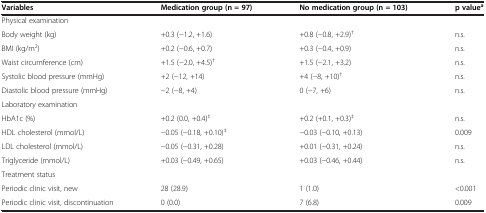
<table><thead><tr><td><b>Variables</b></td><td><b>Medication group (n = 97)</b></td><td><b>No medication group (n = 103)</b></td><td><b>p value<sup>a</sup></b></td></tr></thead><tbody><tr><td>Physical examination</td><td> </td><td> </td><td> </td></tr><tr><td>Body weight (kg)</td><td>+0.3 (-1.2, +1.6)</td><td>+0.8 (-0.8, +2.9)<sup>†</sup></td><td>n.s.</td></tr><tr><td>BMI (kg/m<sup>2</sup>)</td><td>+0.2 (-0.6, +0.7)</td><td>+0.3 (-0.4, +0.9)</td><td>n.s.</td></tr><tr><td>Waist circumference (cm)</td><td>+1.5 (-2.0, +4.5)<sup>†</sup></td><td>+1.5 (-2.1, +3.2)</td><td>n.s.</td></tr><tr><td>Systolic blood pressure (mmHg)</td><td>+2 (-12, +14)</td><td>+4 (-8, +10)<sup>†</sup></td><td>n.s.</td></tr><tr><td>Diastolic blood pressure (mmHg)</td><td>-2 (-8, +4)</td><td>0 (-7, +6)</td><td>n.s.</td></tr><tr><td>Laboratory examination</td><td> </td><td> </td><td> </td></tr><tr><td>HbA1c (%)</td><td>+0.2 (0.0, +0.4)<sup>‡</sup></td><td>+0.2 (+0.1, +0.3)<sup>‡</sup></td><td>n.s.</td></tr><tr><td>HDL cholesterol (mmol/L)</td><td>-0.05 (-0.18, +0.10)<sup>‡</sup></td><td>-0.03 (-0.10, +0.13)</td><td>0.009</td></tr><tr><td>LDL cholesterol (mmol/L)</td><td>-0.05 (-0.31, +0.28)</td><td>+0.01 (-0.31, +0.24)</td><td>n.s.</td></tr><tr><td>Triglyceride (mmol/L)</td><td>+0.03 (-0.49, +0.65)</td><td>+0.03 (-0.46, +0.44)</td><td>n.s.</td></tr><tr><td>Treatment status</td><td> </td><td> </td><td> </td></tr><tr><td>Periodic clinic visit, new</td><td>28 (28.9)</td><td>1 (1.0)</td><td>&lt;0.001</td></tr><tr><td>Periodic clinic visit, discontinuation</td><td>0 (0.0)</td><td>7 (6.8)</td><td>0.009</td></tr></tbody></table>